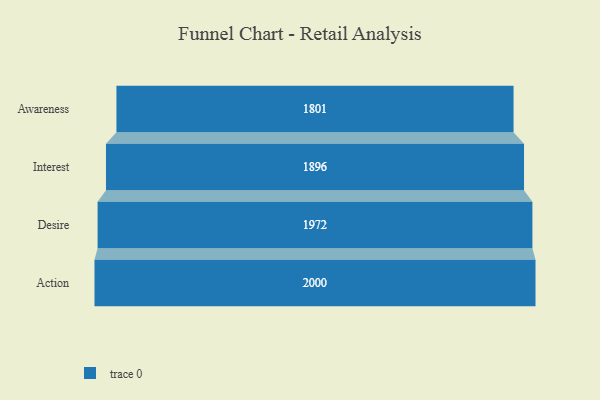
{"axis": {"x": "Stage", "y": "Value"}, "legend": [""], "data": [{"x": "Awareness", "y": 1801.0, "type": ""}, {"x": "Interest", "y": 1896.0, "type": ""}, {"x": "Desire", "y": 1972.0, "type": ""}, {"x": "Action", "y": 2000, "type": ""}]}